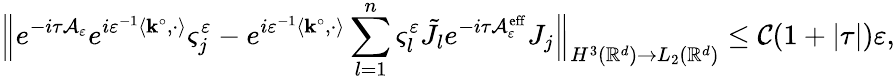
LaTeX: \Bigl\| e^{-i\tau\mathcal{A}_{\varepsilon}}e^{i\varepsilon^{-1}\left\langle\mathbf{k}^{\circ},\cdot\right\rangle}\varsigma_{j}^{\varepsilon}-e^{i\varepsilon^{-1}\left\langle\mathbf{k}^{\circ},\cdot\right\rangle}\sum_{l=1}^{n}\varsigma_{l}^{\varepsilon}\tilde{J}_{l}e^{-i\tau\mathcal{A}_{\varepsilon}^{\mathrm{eff}}}J_{j}\Bigr\| _{H^{3}(\mathbb{R}^{d})\to L_{2}(\mathbb{R}^{d})}\le\mathcal{C}(1+|\tau|)\varepsilon,